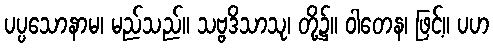
ပပ္ပသောနာမ၊ မည်သည်။ သဗ္ဗဒိသာသု၊ တို့၌။ ဝါတေန၊ ဖြင့်။ ပဟ